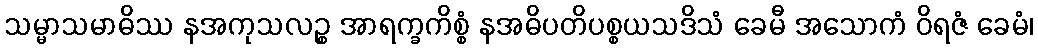
သမ္မာသမာဓိဿ နအကုသလဉ္စ အာရက္ခကိစ္စံ နအဓိပတိပစ္စယသဒိသံ ခေမီ အသောကံ ဝိရဇံ ခေမံ၊